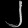
Digit: ၂